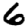
Digit: 6